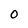
Character: O